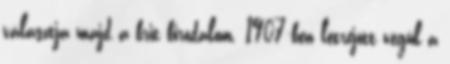
választja majd a brit birodalom. 1907-ben létrejött végül a